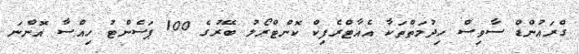
ގްރައުންޑް ސާވިސް ހިދުމަތްތަކާ އެއާޓްރެފިކް ކޮންޓްރޯލު ބޭރުގެ 100 ޕަސެންޓު ހިއްސާ އޮންނަ